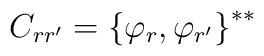
C_{rr^\prime}={\{\varphi_r,\varphi_{r^\prime}\}}^{**}